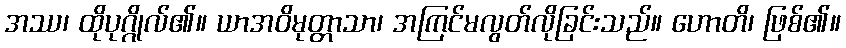
အဿ၊ ထိုပုဂ္ဂိုလ်၏။ ယာအဝိမုတ္တာသာ၊ အကြင်မလွတ်လိုခြင်းသည်။ ဟောတိ၊ ဖြစ်၏။